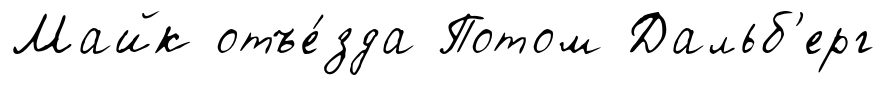
Майк отъе́зда Потом Дальб'ерг